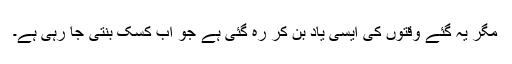
مگر یہ گئے وقتوں کی ایسی یاد بن کر رہ گئی ہے جو اب کسک بنتی جا رہی ہے۔